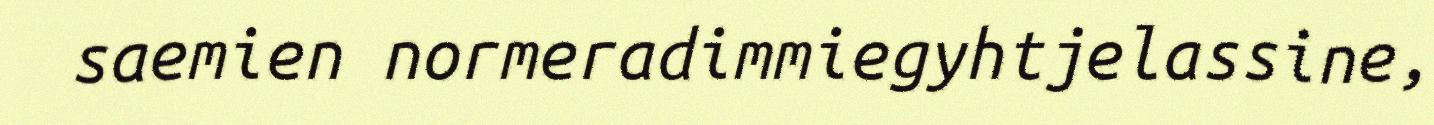
saemien normeradimmiegyhtjelassine,